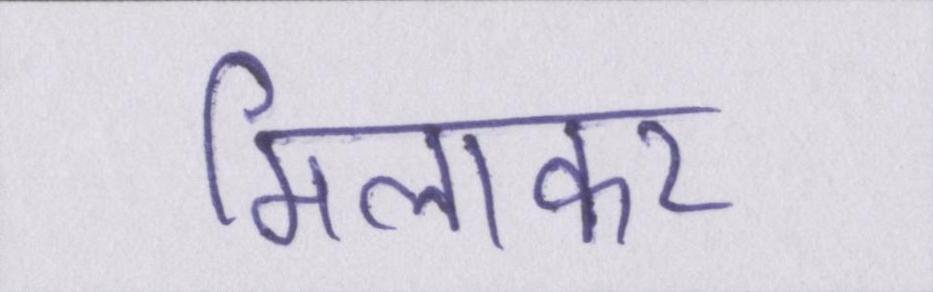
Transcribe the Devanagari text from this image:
मिलाकर